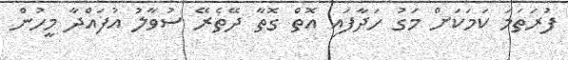
ފުރަތަމަ ކަމަކަށް މަގު ހަދާފައި އޮތް ގޮތާ ދޭތެރޭ ސުވާލު އުފައްދާ މީހުން